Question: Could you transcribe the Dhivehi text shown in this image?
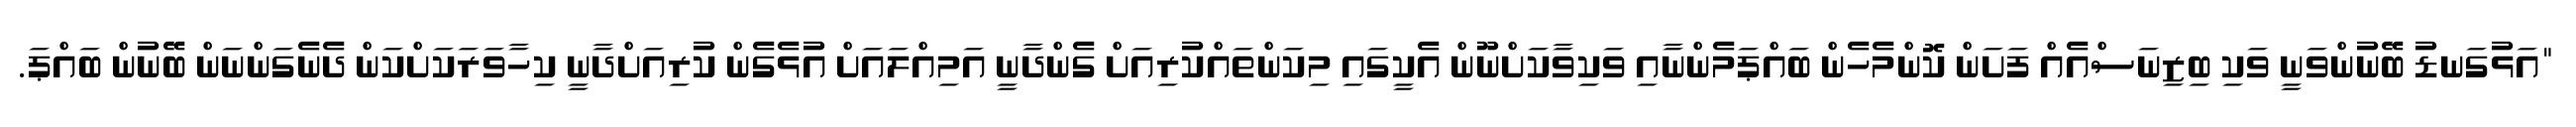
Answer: "އަޅުގަނޑު ބޭނުންވަނީ ވަކި ބިޒިނަސްއެއް ފަށަން ކޮންމެހެން ބައްޕަމެންނާއި ވަކިވާކަށްނޫން އެކީގައި މިކަންތައްކުރިއަށް ގެންދާނީ އަމިއްލައަށް އުޅެގެން ކުރިއަށްދާނީ ކިހާވަރަކަށްކަން ދެނެގަންނަން ބޭނުން ބައްޕަ.